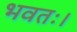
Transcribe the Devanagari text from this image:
भवतः।